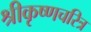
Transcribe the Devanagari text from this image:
श्रीकृष्णचरित्र